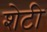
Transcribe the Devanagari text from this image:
शेटी